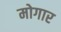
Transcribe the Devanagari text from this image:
मोगार